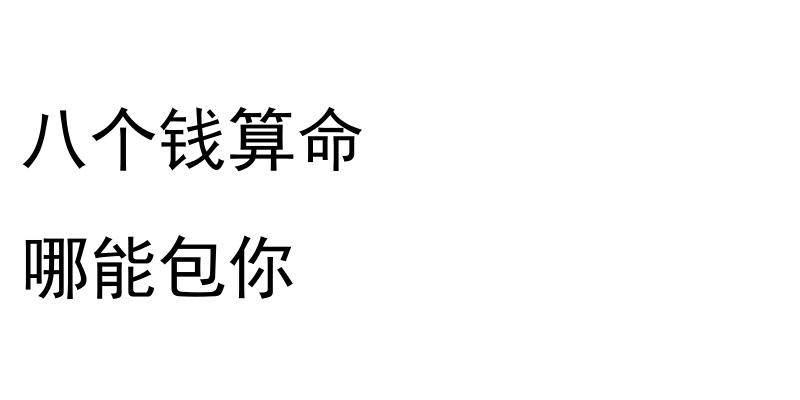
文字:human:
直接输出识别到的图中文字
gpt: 八个钱算命 哪能包你